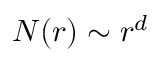
N ( r ) \sim r ^ { d }